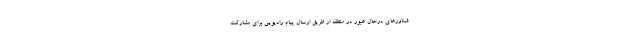
شناورهای درحال عبور در منطقه از طریق ارسال پیام رادیویی برای مشارکت